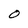
Character: O